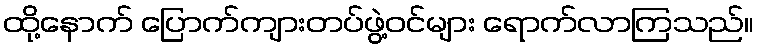
ထို့နောက် ပြောက်ကျားတပ်ဖွဲ့ဝင်များ ရောက်လာကြသည်။